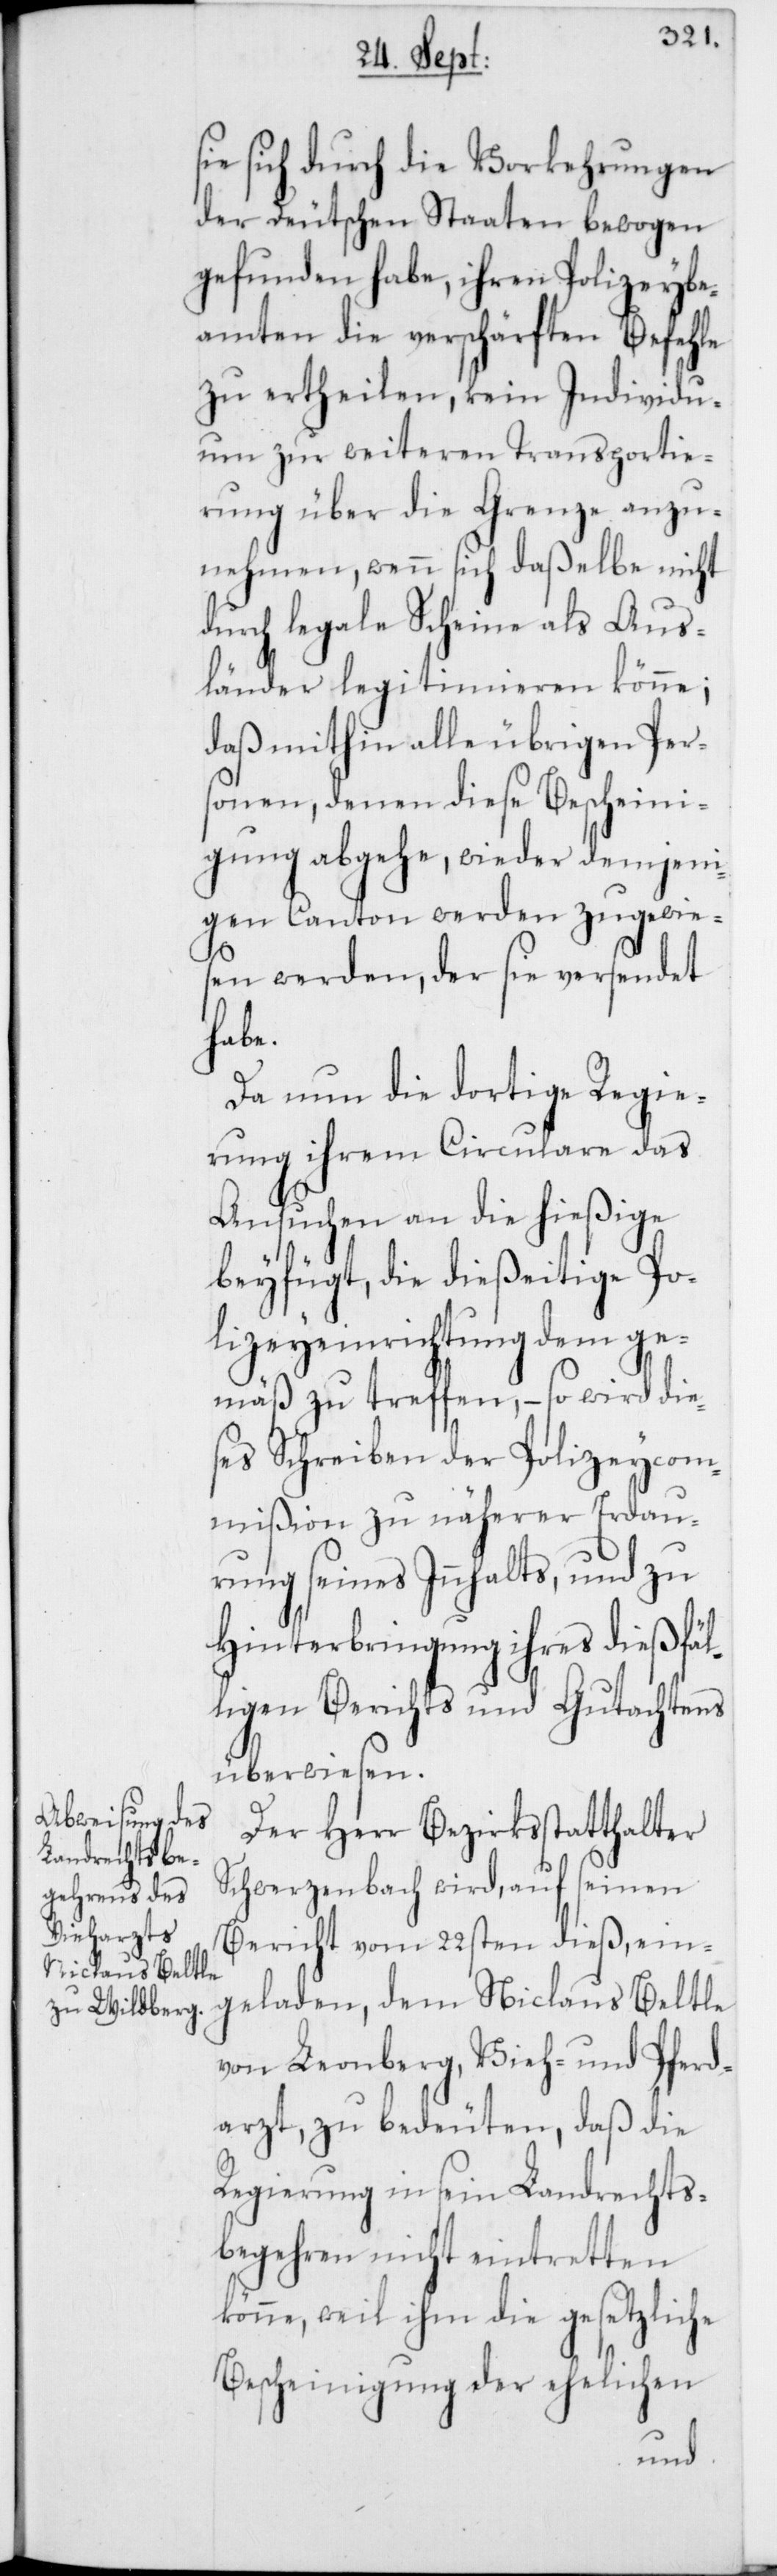
sie sich durch die Vorkehrungen
der Deutschen Staaten bewogen
gefunden habe, ihren Polizeybe¬
amten die verschärften Befehle
zu ertheilen, kein Individu¬
um zur weiteren Transportie¬
rung über die Grenze anzu¬
nehmen, wenn sich daßelbe nicht
durch legale Scheine als Aus¬
länder legitimieren könne;
daß mithin alle übrigen Per¬
sonen, denen diese Bescheini¬
gung abgehe, wieder demjeni¬
gen Canton werden zugewies¬
en werden, der sie versendet
habe.
Da nun die dortige Regie¬
rung ihrem Circulare das
Ansuchen an die hießige
beyfügt, die dießeitige Po¬
lizeyeinrichtung dem ge¬
mäß zu treffen, – so wird die¬
ses Schreiben der Polizeycom¬
mißion zu näherer Erdau¬
rung seines Innhalts, und zu
Hinterbringung ihres dießfäl¬
ligen Berichts und Gutachtens
überwiesen.
Der Herr Bezirksstatthalter
Schwerzenbach wird, auf seinen
geladen, dem
Bericht vom 22sten dieß, ein¬
Niclaus Beltle
von Leonberg, Vieh- und Pferd¬
arzt, zu bedeuten, daß die
Regierung in sein Landrechts¬
begehren nicht eintretten
könne, weil ihm die gesetzliche
Bescheinigung der ehelichen